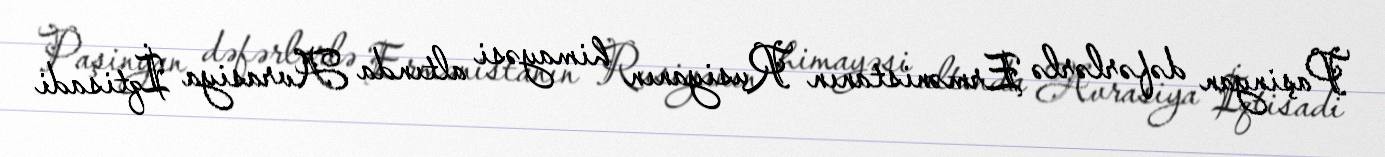
Paşinyan dəfərlərlə Ermənistanın Rusiyanın himayəsi altında Avrasiya İqtisadi